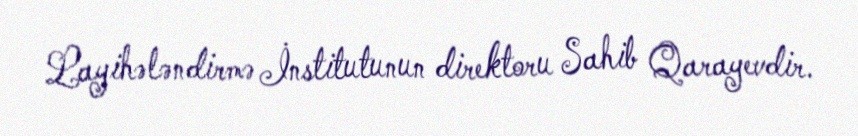
Layihələndirmə İnstitutunun direktoru Sahib Qarayevdir.